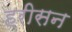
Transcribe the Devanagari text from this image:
हरीसन